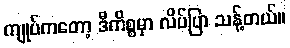
ကျုပ်ကတော့ ဒီကိစ္စမှာ လိပ်ပြာ သန့်တယ်။